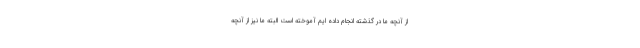
از آنچه ما در گذشته انجام داده ایم آموخته است البته ما نیز از آنچه